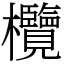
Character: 欖